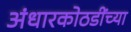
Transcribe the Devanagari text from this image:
अंधारकोठडींच्या